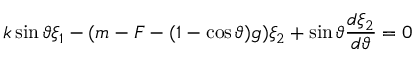
k \sin \vartheta \xi _ { 1 } - ( m - F - ( 1 - \cos \vartheta ) g ) \xi _ { 2 } + \sin \vartheta \frac { d \xi _ { 2 } } { d \vartheta } = 0